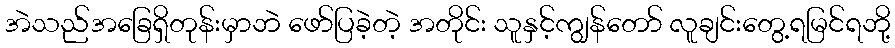
အဲသည်အခြေရှိတုန်းမှာဘဲ ဖော်ပြခဲ့တဲ့ အတိုင်း သူနှင့်ကျွန်တော် လူချင်းတွေ့ရမြင်ရဘို့